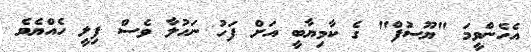
އެހެންވީމަ "ޔޫސުފް" ގެ ކާމިޔާބީ އަށް ފަހު ނަހުލާ ވެސް ފިލީ ހެއްޔެވެ